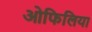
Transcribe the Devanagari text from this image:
ओफिलिया